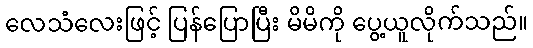
လေသံလေးဖြင့် ပြန်ပြောပြီး မိမိကို ပွေ့ယူလိုက်သည်။